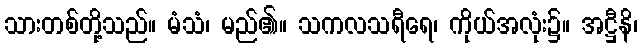
သားတစ်တို့သည်။ မံသံ၊ မည်၏။ သကလသရီရေ၊ ကိုယ်အလုံး၌။ အဋ္ဌီနိ၊